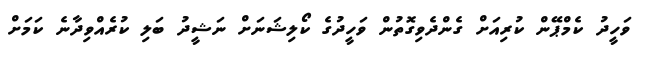
ވަހީދު ކެމްޕޭން ކުރިއަށް ގެންދެވިގޮތުން ވަހީދުގެ ކޯލިޝަނަށް ނަޝީދު ބަލި ކުރެއްވިދާނެ ކަމަށް